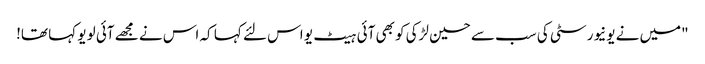
"میں نے یونیورسٹی کی سب سے حسین لڑکی کو بھی آئی ہیٹ یو اس لئے کہا کہ اس نے مجھے آئی لو یو کہا تھا!